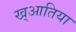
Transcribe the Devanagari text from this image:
ख्आतिया